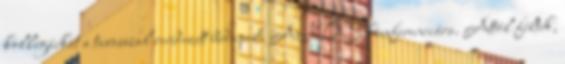
kollégáikat a tavasszal rendezett budapesti AIDS konferenciára. Attól féltek,